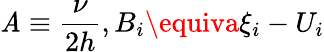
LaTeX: \mathit{A}\equiv\frac{{\nu}}{{2h}},B_{i}\equiva\xi_{i}-U_{i}